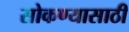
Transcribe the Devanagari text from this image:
सोकण्यासाठी